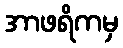
အာဖရိကမှ